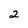
Character: 2